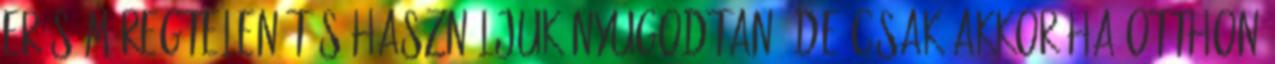
Erős méregtelenítés használjuk nyugodtan, de csak akkor ha otthon